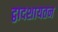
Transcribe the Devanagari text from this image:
द्वादशायतन